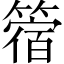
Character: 䈹